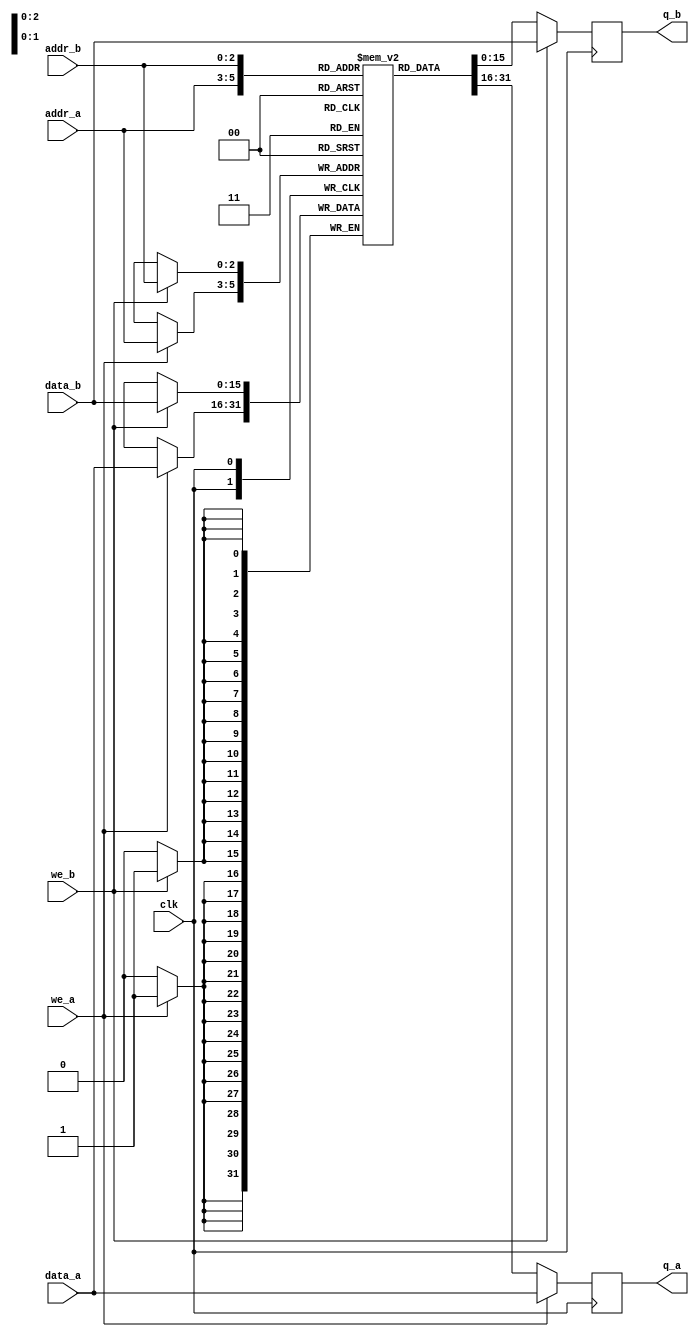
module ram_E1
#(parameter DATA_WIDTH=16, parameter ADDR_WIDTH=3)
(
	input [(DATA_WIDTH-1):0] data_a, data_b,
	input [(ADDR_WIDTH-1):0] addr_a, addr_b,
	input we_a, we_b, clk,
	output reg [(DATA_WIDTH-1):0] q_a, q_b
);


initial 
	begin : INIT
			
			ram[0]=16'b0000000010000100;
			
			//ram[2]=16'b0000000010000100;
			ram[3]=16'b0000000000000001;
			ram[4]=16'b0110000100010110;
			
//			ram[5]=16'b0100001100011010;
//			
//			ram[6]=16'b0001110000000000;
//			
//			ram[7]=16'b0100000100011010;
//			
//			ram[2]=16'b0000000001001001;//ram;
			
			ram[5]=16'b0100000100011010;
			ram[6]=16'b0000000010000101;//ram[6]=16'b0000000010000101;
	end 

	// Declare the RAM variable
	(* ramstyle = "M9K" *) reg [DATA_WIDTH-1:0] ram[2**ADDR_WIDTH-1:0];

	// Port A 
	always @ (posedge clk)
	begin
		if (we_a) 
		begin
			ram[addr_a] <= data_a;
			q_a <= data_a;
		end
		else 
		begin
			q_a <= ram[addr_a];
		end 
	end 

	// Port B 
	always @ (posedge clk)
	begin
		if (we_b) 
		begin
			ram[addr_b] <= data_b;
			q_b <= data_b;
		end
		else 
		begin
			q_b <= ram[addr_b];
		end 
	end

endmodule